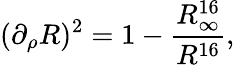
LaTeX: (\partial_{\rho}R)^{2}=1-{\frac{R_{\infty}^{16}}{R^{16}}},